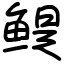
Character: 鳀